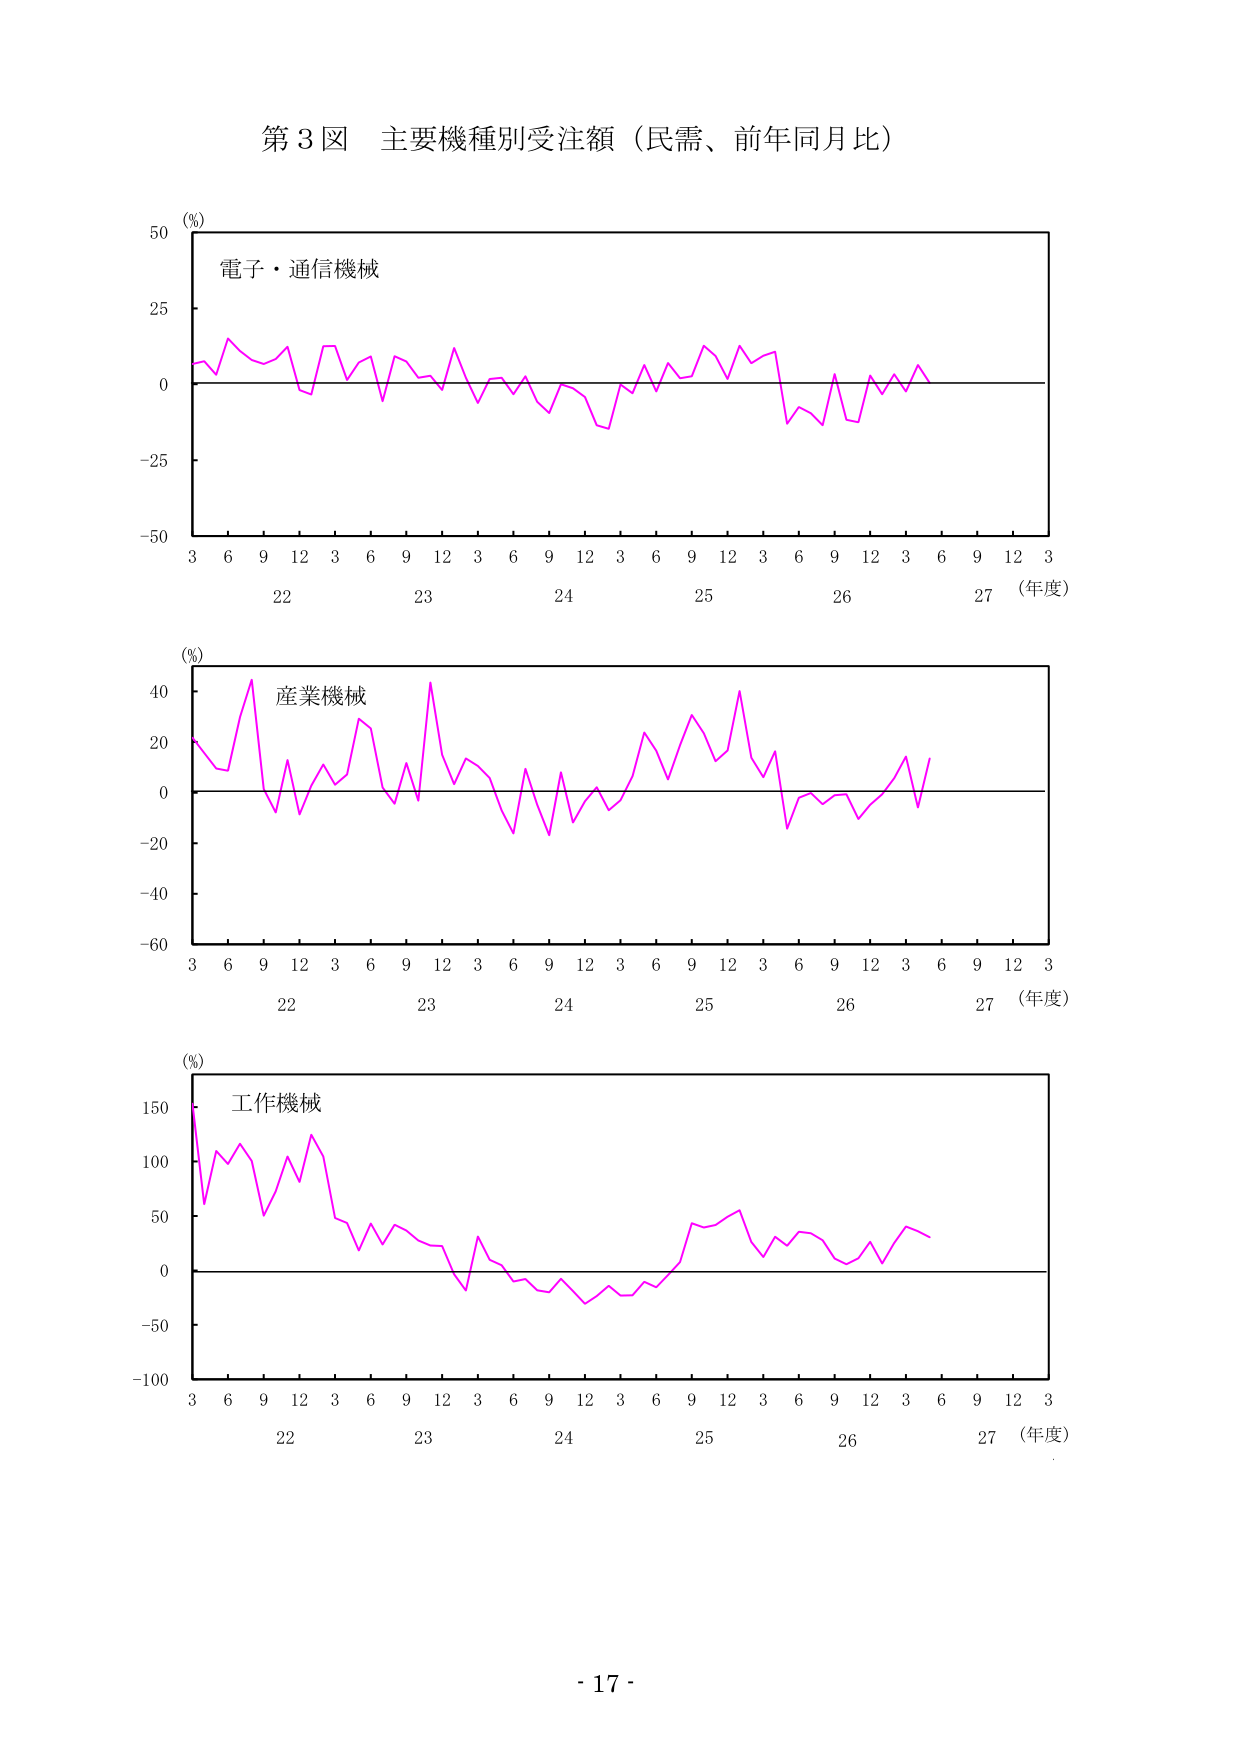
第3図 主要機種別受注額（民需、前年同月比）

(%)
電子・通信機械
3 6 9 12 3 6 9 12 3 6 9 12 3 6 9 12 3 6 9 12 3
22 23 24 25 26 27 （年度）

(%)
産業機械
3 6 9 12 3 6 9 12 3 6 9 12 3 6 9 12 3 6 9 12 3
22 23 24 25 26 27 （年度）

(%)
工作機械
3 6 9 12 3 6 9 12 3 6 9 12 3 6 9 12 3 6 9 12 3
22 23 24 25 26 27 （年度）

- 17 -